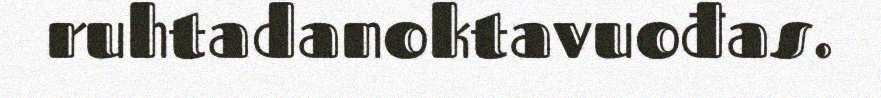
ruhtadanoktavuođas.